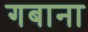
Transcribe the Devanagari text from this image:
गबाना